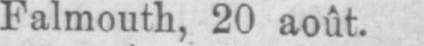
Falmouth, 20 août.